Annual report on the lock hospitals of the Madras Presidency
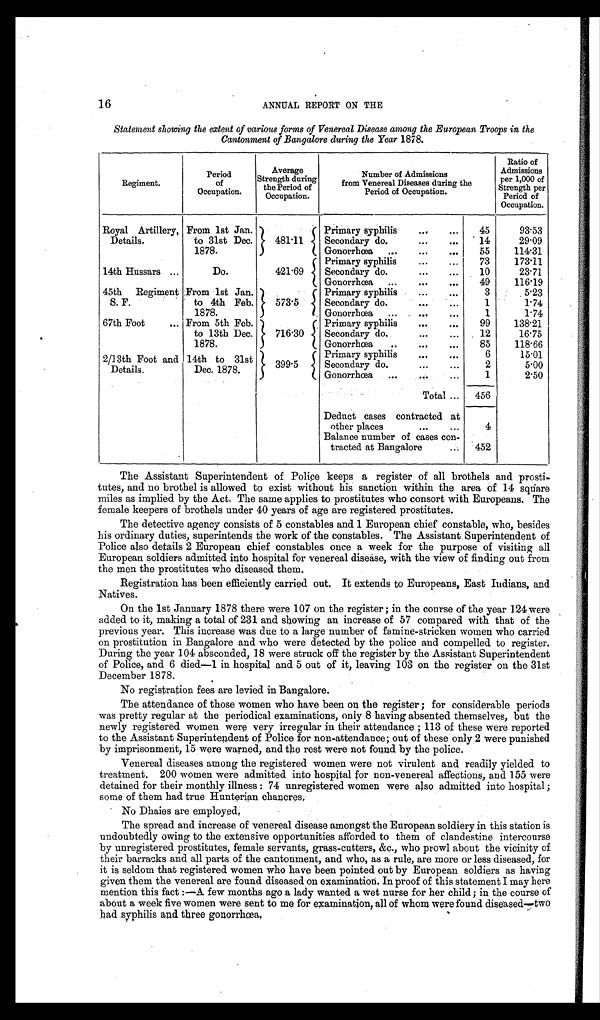
16
ANNUAL REPORT ON THE
Statement showing the extent of various forms of Venereal Disease among the European Troops in the
Cantonment of Bangalore during the Year 1878.
Regiment.
Period
of
Occupation.
Average
Strength during
the Period of
Occupation.
Number of Admissions
from Venereal Diseases during the
Period of Occupation.
Ratio of
Admissions
per 1,000 of
Strength per
Per i od of
Occupation.
Royal Artillery,
Details.
From 1st Jan.
to 31st Dec.
1878.
481·11
Primary syphilis
...
...
45
93·53
Secondary do.
...
...
14
29·09
Gonorrhœa ...
...
...
55
114·31
14th Hussars ...
Do.
421·69
Primary syphilis
...
...
73
173·11
Secondary do.
...
...
10
23·71
Gonorrhœa ...
...
...
49
116·19
45th Regiment
S. F.
From 1st Jan.
to 4th Feb.
1878.
573·5
Primary syphilis
...
...
3
5·23
Secondary do.
...
. . .
1
1·74
Gonorrhœa ...
...
...
1
1·74
67th Foot
... From 5th Feb.
to 13th Dec.
1878.
716.30
Primary syphilis
...
...
99
138·21
Secondary do.
...
...
12
16·75
Gonorrhœa
..
...
...
85
118·66
2/13th Foot and
Details.
14th to 31st
Dec. 1878.
399. 5
Primary syphilis
...
. . .
6
15·01
Secondary do.
...
...
2
5·00
Gonorrhœa
...
...
...
1
2·50
Total ...
456
Deduct cases contracted at
other places
...
...
4
Balance number of cases con
tracted at Bangalore
...
452
The Assistant Superintendent of Police keeps a register of all brothels and prosti-
tutes, and no brothel is allowed to exist without his sanction within the area of 14 square
miles as implied by the Act. The same applies to prostitutes who consort with Europeans. The
female keepers of brothels under 40 years of age are registered prostitutes.
The detective agency consists of 5 constables and 1 European chief constable, who, besides
his ordinary duties, superintends the work of the constables. The Assistant Superintendent of
Police also details 2 European chief constables once a week for the purpose of visiting all
European soldiers admitted into hospital for venereal disease, with the view of finding out from
the men the prostitutes who diseased them.
Registration has been efficiently carried out. It extends to Europeans, East Indians, and
Natives.
On the 1st January 1878 there were 107 on the register ; in the course of the year 124 were
added to it, making a total of 231 and showing an increase of 57 compared with that of the
previous year. This increase was due to a large number of famine-stricken women who carried
on prostitution in Bangalore and who were detected by the police and compelled to register.
During the year 104 absconded, 18 were struck off the register by the Assistant Superintendent
of Police, and 6 died—1 in hospital and 5 out of it, leaving 103 on the register on the 31st
December 1878.
No registration fees are levied in Bangalore.
The attendance of those women who have been on the register ; for considerable periods
was pretty regular at the periodical examinations, only 8 having absented themselves, but the
newly registered women were very irregular in their attendance ; 113 of these were reported
to the Assistant Superintendent of Police for non-attendance; out of these only 2 were punished
by imprisonment, 15 were warned, and the rest were not found by the police.
Venereal diseases among the registered women were not virulent and readily yielded to
treatment. 200 women were admitted into hospital for non-venereal affections, and 155 were
detained for their monthly illness : 74 unregistered women were also admitted into hospital ;
some of them had true Hunterian chancres,
No Dhaies are employed,
The spread and increase of venereal disease amongst the European soldiery in this station is
undoubtedly owing to the extensive opportunities afforded to them of clandestine intercourse
by unregistered prostitutes, female servants, grass-cutters, &c., who prowl about the vicinity of
their barracks and all parts of the cantonment, and who, as a rule, are more or less diseased, for
it is seldom that registered women who have been pointed out by European soldiers as having
given them the venereal are found diseased on examination. In proof of this statement I may here
mention this fact :—A. few months ago a lady wanted a wet nurse for her child; in the course of
about a week five women were sent to me for examination, all of whom were found diseased—two
had syphilis and three gonorrhœa.